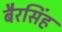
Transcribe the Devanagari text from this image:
बैरसिंह